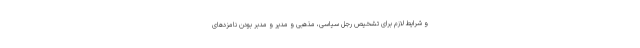
و شرایط لازم برای تشخیص رجل سیاسی، مذهبی و مدیر و مدبر بودن نامزدهای